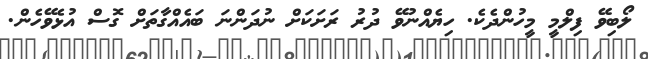
ލޯބިވޭ ފިލްމީ މީހުންދެކެ. ހިޔެއްނުވޭ ދުރު ރަށަކަށް ނުދަންނަ ބައެއްގާތަށް ގޮސް އުޅެވޭހެން.